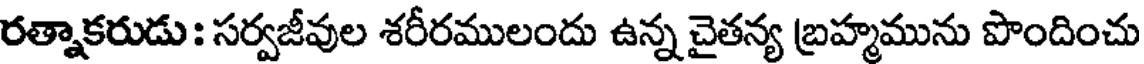
రత్నాకరుడు : సర్వజీవుల శరీరములందు ఉన్న చైతన్య బ్రహ్మమును పొందించు